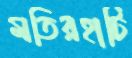
মতিরহাটি